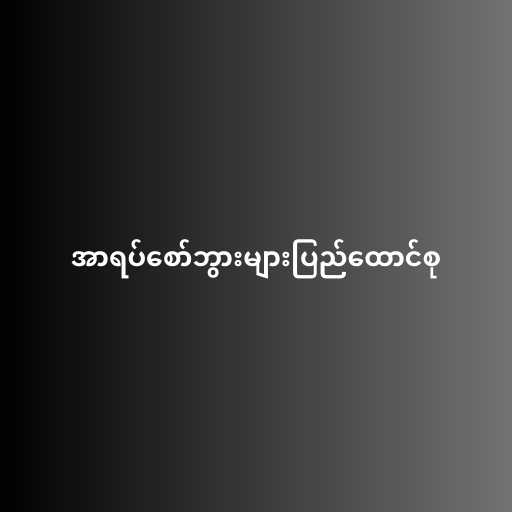
အာရပ်စော်ဘွားများပြည်ထောင်စု